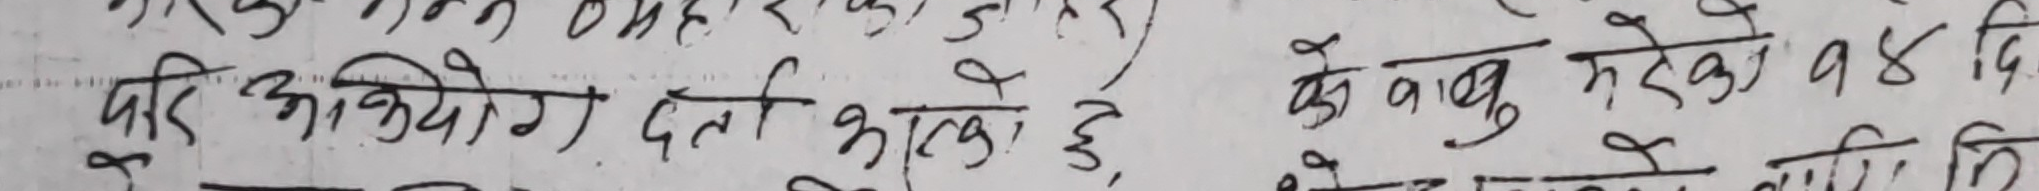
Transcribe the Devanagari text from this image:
परि अभियोग दर्ता गरेको छ । के वाबु मरेको १४ दि